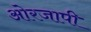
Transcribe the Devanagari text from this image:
ओरजापी